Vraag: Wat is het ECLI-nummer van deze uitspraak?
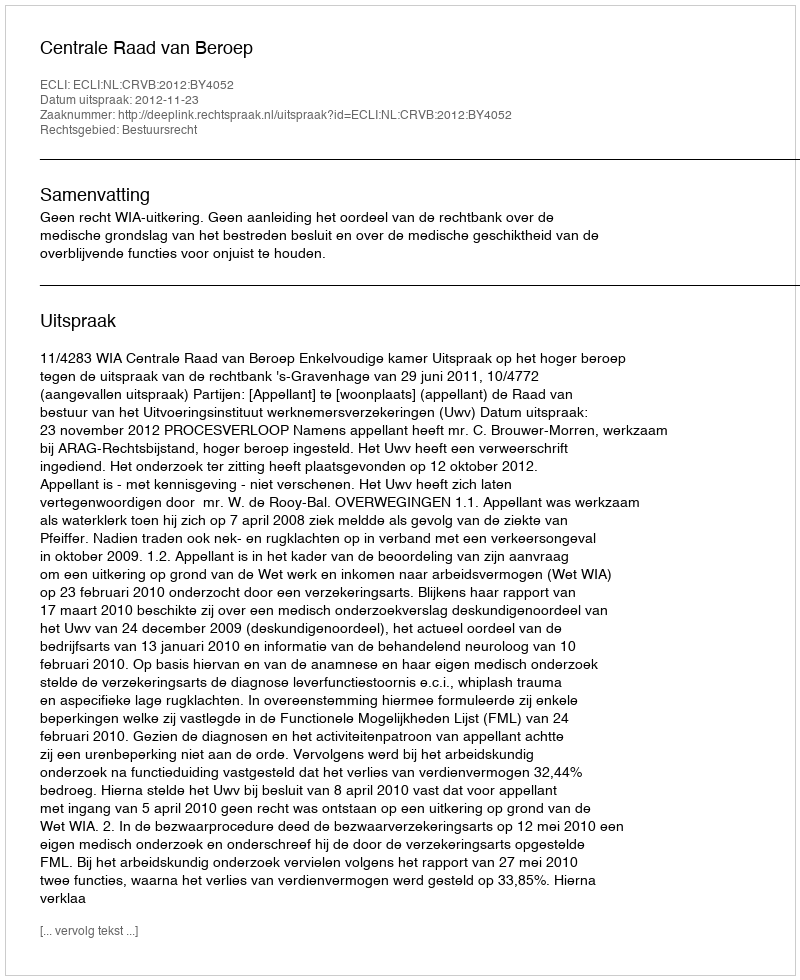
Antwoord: ECLI:NL:CRVB:2012:BY4052